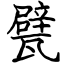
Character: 甓